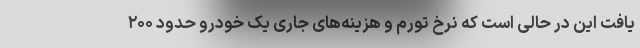
یافت این در حالی است که نرخ تورم و هزینه‌های جاری یک خودرو حدود ۲۰۰